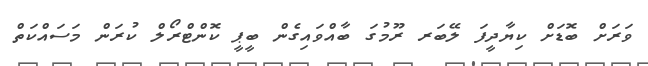
ވަރަށް ބޮޑަށް ކިޔާދީފަ ލޭބަރ ރޫމުގަ ބާއްވައިގެން ބީޕީ ކޮންޓްރޯލް ކުރަން މަސައްކަތް